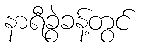
နာရီခွဲခန့်တွင်